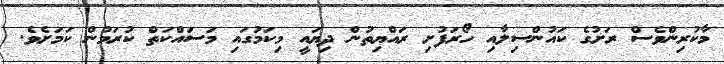
މާކުރިންވެސް ރަށުގެ ކައުންސިލާއި ހޯރަފުށި ރައްޔިތުން ދިޔައީ މިކަމުގައި މަސައްކަތް ކުރަމުން ކަމަށެވެ.